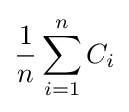
{\frac {1}{n}}\sum _{i=1}^{n}C_{i}